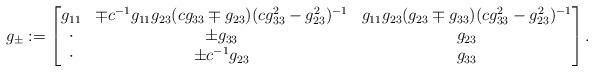
LaTeX: \begin{align*}g_\pm := \left[ \begin{matrix}g_{11} & \mp c^{-1}g_{11}g_{23}(cg_{33} \mp g_{23})(cg_{33}^2-g_{23}^2)^{-1} & g_{11}g_{23}(g_{23} \mp g_{33})(cg_{33}^2-g_{23}^2)^{-1} \\\cdot & \pm g_{33} & g_{23} \\\cdot & \pm c^{-1}g_{23} & g_{33}\end{matrix} \right]. \end{align*}